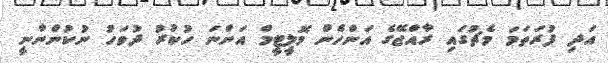
އަދި ފުރަތަމަ މެޗުގައި ރާއްޖޭގެ އަންހެން ވޮލީޓީމް އަންނަ ހުކުރު ދުވަހު ނުކުންނާނީ